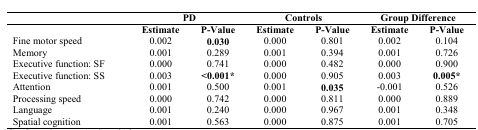
|  | <COLSPAN=2> PD | <COLSPAN=2> Controls | <COLSPAN=2> Group Difference |
 | --- | --- | --- | --- | --- | --- | --- |
 |  | Estimate | P-Value | Estimate | P-Value | Estimate | P-Value |
 | Fine motor speed | 0.002 | 0.030 | 0.000 | 0.801 | 0.002 | 0.104 |
 | Memory | 0.001 | 0.289 | 0.001 | 0.394 | 0.001 | 0.726 |
 | Executive function: SF | 0.000 | 0.741 | 0.000 | 0.482 | 0.000 | 0.900 |
 | Executive function: SS | 0.003 | <0.001* | 0.000 | 0.905 | 0.003 | 0.005* |
 | Attention | 0.001 | 0.500 | 0.001 | 0.035 | -0.001 | 0.526 |
 | Processing speed | 0.000 | 0.742 | 0.000 | 0.811 | 0.000 | 0.889 |
 | Language | 0.001 | 0.240 | 0.000 | 0.967 | 0.001 | 0.348 |
 | Spatial cognition | 0.001 | 0.563 | 0.000 | 0.875 | 0.001 | 0.705 |